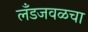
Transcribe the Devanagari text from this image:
लँडजवळचा